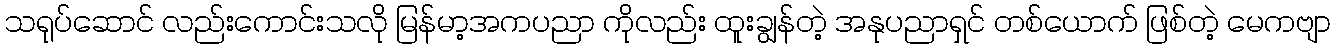
သရုပ်ဆောင် လည်းကောင်းသလို မြန်မာ့အကပညာ ကိုလည်း ထူးချွန်တဲ့ အနုပညာရှင် တစ်ယောက် ဖြစ်တဲ့ မေကဗျာ